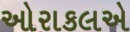
ઓરાકલએ